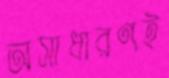
অসাধারণই